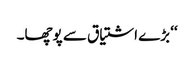
‘‘ بڑے اشتیاق سے پوچھا۔